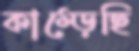
কাম্‌ড়েছি